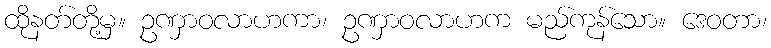
ထိုနတ်တို့မှ။ ဥဏှာဝလာဟကာ၊ ဥဏှာဝလာဟက မည်ကုန်သော။ ဒေဝတာ၊